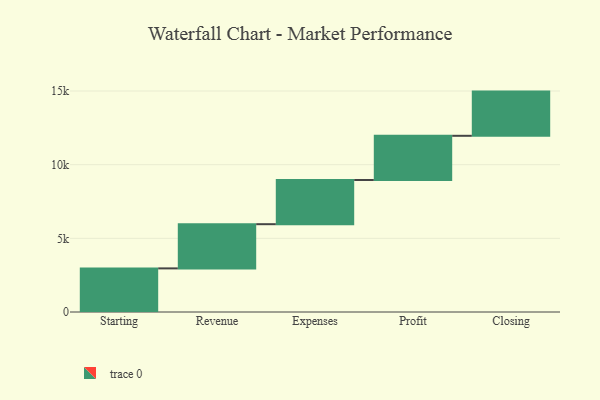
{"axis": {"x": "Step", "y": "Value"}, "legend": [""], "data": [{"x": "Starting", "y": 2960.0, "type": ""}, {"x": "Revenue", "y": 3000, "type": ""}, {"x": "Expenses", "y": 3000, "type": ""}, {"x": "Profit", "y": 3000, "type": ""}, {"x": "Closing", "y": 3000, "type": ""}]}